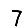
Digit: 7